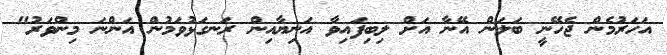
އަހަރުމެން ޖެހޭނީ ބަލަން އޭނާ އަށް ލިބިފައިވާ އަނިޔާއިން ރަނގަޅުވަމުން އަންނަ މިންވަރު"